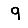
Digit: 9